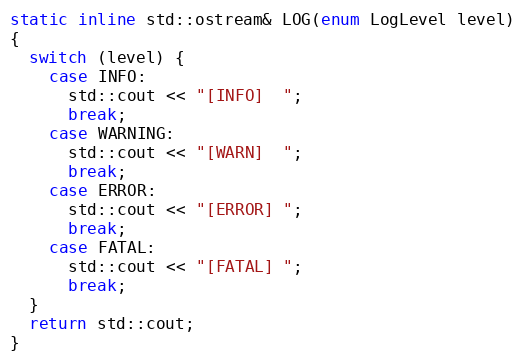
Language: C
static inline std::ostream& LOG(enum LogLevel level)
{
  switch (level) {
    case INFO:
      std::cout << "[INFO]  ";
      break;
    case WARNING:
      std::cout << "[WARN]  ";
      break;
    case ERROR:
      std::cout << "[ERROR] ";
      break;
    case FATAL:
      std::cout << "[FATAL] ";
      break;
  }
  return std::cout;
}